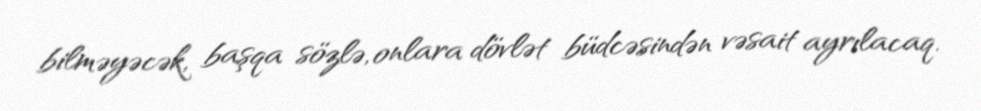
bilməyəcək, başqa sözlə, onlara dövlət büdcəsindən vəsait ayrılacaq.